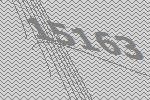
15163